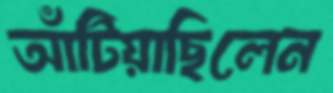
আঁটিয়াছিলেন